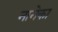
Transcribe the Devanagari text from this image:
नानेका